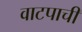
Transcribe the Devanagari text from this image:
वाटपाची